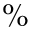
\%